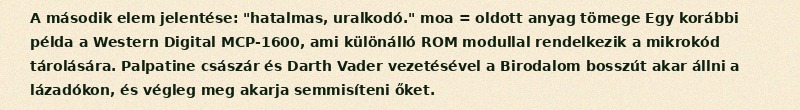
A második elem jelentése: "hatalmas, uralkodó." moa = oldott anyag tömege Egy korábbi példa a Western Digital MCP-1600, ami különálló ROM modullal rendelkezik a mikrokód tárolására. Palpatine császár és Darth Vader vezetésével a Birodalom bosszút akar állni a lázadókon, és végleg meg akarja semmisíteni őket.